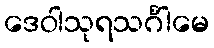
ဒေဝါသုရသင်္ဂါမေ